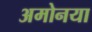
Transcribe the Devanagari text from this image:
अमोनया